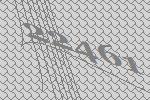
22461